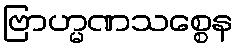
ဗြာဟ္မဏသစ္စေန